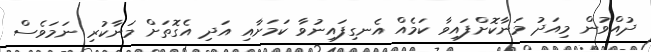
ދުއްވުން މިއަދު މަނާކޮށްފައިވާ ކަމެއް އެނގިފައިނުވާ ކަމަށާއި އަދި އެގޮތަށް މަނާކުރި ނަމަވެސް